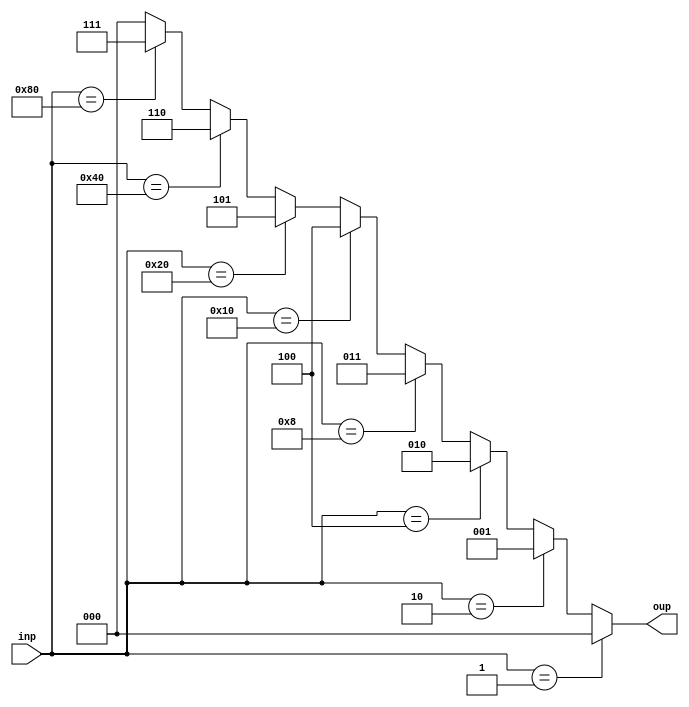
module encoder(inp,oup);
input[7:0] inp; output reg[2:0] oup;
always @(*) begin
	if(inp == 8'b00000001)
		oup = 3'd0;
	else if(inp == 8'b00000010)
		oup = 3'd1;
	else if(inp == 8'b00000100)
		oup = 3'd2;
	else if(inp == 8'b00001000)
		oup = 3'd3;
	else if(inp == 8'b00010000)
		oup = 3'd4;
	else if(inp == 8'b00100000)
		oup = 3'd5;
	else if(inp == 8'b01000000)
		oup = 3'd6;
	else if(inp == 8'b10000000)
		oup = 3'd7;
	else
		oup = 3'd0;
end
endmodule

module adder(in1,in2,cin,s,cout);
input in1; input in2; input cin; output s; output cout;
assign s = in1 ^ (in2 ^ cin);
assign cout = (in1&cin) | (in2&cin) | (in1&in2); 
endmodule

module bt4_flip(in,out);
input[3:0] in; output[3:0] out;
assign out[0] = ~in[0];
assign out[1] = ~in[1];
assign out[2] = ~in[2];
assign out[3] = ~in[3];
endmodule

module bt4_sub(in1,in2,s,cout);
input[3:0] in1; input[3:0] in2; output[3:0] s; output cout;
wire[3:0] res;
bt4_flip f(in2,res);
bt4_add ad(in1,res,1'b1,s,cout);
endmodule

module bt4_add(in1,in2,cin,s,cout);
input[3:0] in1; input[3:0] in2; input cin; output[3:0] s; output cout;
wire[2:0] carry;
adder a1(in1[0],in2[0],cin,s[0],carry[0]);
adder a2(in1[1],in2[1],carry[0],s[1],carry[1]);
adder a3(in1[2],in2[2],carry[1],s[2],carry[2]);
adder a4(in1[3],in2[3],carry[2],s[3],cout);
endmodule

module bt4_and(inp1,inp2,out);
input[3:0] inp1; input[3:0] inp2; output[3:0] out;
assign out[0] = inp1[0] & inp2[0];
assign out[1] = inp1[1] & inp2[1];
assign out[2] = inp1[2] & inp2[2];
assign out[3] = inp1[3] & inp2[3];
endmodule

module bt4_nand(inp1,inp2,out);
input[3:0] inp1; input[3:0] inp2; output[3:0] out;
assign out[0] = ~(inp1[0] & inp2[0]);
assign out[1] = ~(inp1[1] & inp2[1]);
assign out[2] = ~(inp1[2] & inp2[2]);
assign out[3] = ~(inp1[3] & inp2[3]);
endmodule

module bt4_or(inp1,inp2,out);
input[3:0] inp1; input[3:0] inp2; output[3:0] out;
assign out[0] = inp1[0] | inp2[0];
assign out[1] = inp1[1] | inp2[1];
assign out[2] = inp1[2] | inp2[2];
assign out[3] = inp1[3] | inp2[3];
endmodule

module bt4_xor(inp1,inp2,out);
input[3:0] inp1; input[3:0] inp2; output[3:0] out;
assign out[0] = inp1[0] ^ inp2[0];
assign out[1] = inp1[1] ^ inp2[1];
assign out[2] = inp1[2] ^ inp2[2];
assign out[3] = inp1[3] ^ inp2[3];
endmodule

module bt4_xnor(inp1,inp2,out);
input[3:0] inp1; input[3:0] inp2; output[3:0] out;
assign out[0] = ~(inp1[0] ^ inp2[0]);
assign out[1] = ~(inp1[1] ^ inp2[1]);
assign out[2] = ~(inp1[2] ^ inp2[2]);
assign out[3] = ~(inp1[3] ^ inp2[3]);
endmodule


module bt4_nor(inp1,inp2,out);
input[3:0] inp1; input[3:0] inp2; output[3:0] out;
assign out[0] = ~(inp1[0] | inp2[0]);
assign out[1] = ~(inp1[1] | inp2[1]);
assign out[2] = ~(inp1[2] | inp2[2]);
assign out[3] = ~(inp1[3] | inp2[3]);
endmodule 

module bt5_parity_generator(inp,parity);
input[4:0] inp; output parity;
assign parity = ^(inp);
endmodule

// module tb;
// reg[3:0] inp; wire parity;
// bt4_parity_generator pg(inp,parity);
// initial begin
	// $monitor($time," The parity for the input is %b",parity);
	// #20 inp = 4'b0000;
	// #20 inp = 4'b0001;
	// #20 inp = 4'b0011;
	// #20 inp = 4'b0111;
	// #20 inp = 4'b1111;
	// #20 inp = 4'b1010;
	// #20 inp = 4'b1110;
	// #200 $finish;
// end
// endmodule

module first_pipeline_reg(clk,in,out,clear_neg);
input clk; input[10:0] in; input clear_neg; output reg[10:0] out;
always @(posedge clk or negedge clear_neg) begin
	if(clear_neg == 1'b0)
		out <= 10'b0;
	else
		out <= in;
end
endmodule

module sec_pipeline_reg(clk,in,out,clear_neg);
input clk; input[4:0] in; input clear_neg; output reg[4:0] out;
always @(posedge clk or negedge clear_neg) begin
	if(clear_neg == 1'b0)
		out <= 5'b0;
	else
		out <= in;
end
endmodule

module alu(inp1,inp2,control,res,c);
input[3:0] inp1; input[3:0] inp2; input[2:0] control; output reg[3:0] res; output reg c;
wire[3:0] add; wire addCarry; wire[3:0] sub; wire subCarry;
wire[3:0] and_w; wire[3:0] or_w; wire[3:0] nand_w; wire[3:0] xor_w; wire[3:0] xnor_w; wire[3:0] nor_w;
bt4_add ad(inp1,inp2,1'b0,add,addCarry);
bt4_sub sb(inp1,inp2,sub,subCarry);
bt4_and ander(inp1,inp2,and_w); bt4_or orer(inp1,inp2,or_w); bt4_nand nander(inp1,inp2,nand_w); bt4_xor xorer(inp1,inp2,xor_w); bt4_xnor xnorer(inp1,inp2,xnor_w);
bt4_nor norer(inp1,inp2,nor_w);
always @(*) begin
	if(control == 'd0) begin
		res = add;
		c = addCarry;
	end
	else if(control == 'd1) begin
		res = sub;
		c = subCarry;
	end
	else if(control == 'd2) begin
		res = xor_w;
		c = 1'b0;
	end
	else if(control == 'd3) begin
		res = or_w;
		c = 1'b0;
	end
	else if(control == 'd4) begin
		res = and_w;
		c = 1'b0;
	end
	else if(control == 'd5) begin
		res = nor_w;
		c = 1'b0;
	end
	else if(control == 'd6) begin
		res = nand_w;
		c = 1'b0;
	end
	else if(control == 'd7) begin
		res = xnor_w;
		c = 1'b0;
	end
end
//assign res = (control==3'd0) ? (inp1+inp2) : (control==3'd1) ? ()
endmodule

module pipe_line(clk,in,A,B,clear_pipeline,parity);
input clk; input clear_pipeline;
input[3:0] A; input[3:0] B;
input[7:0] in; wire[2:0] encoded;
wire[10:0] from_first;
wire[10:0] first_pipeline_input;
wire[4:0] sec_pipeline_input;
wire[3:0] aluRes; wire carry;
wire[4:0] from_second;
output parity;
encoder enc(in,encoded);

assign first_pipeline_input[10:8] = encoded; assign first_pipeline_input[7:4] = A; assign first_pipeline_input[3:0] = B;
first_pipeline_reg fpr(clk,first_pipeline_input,from_first,clear_pipeline);
alu ALU(from_first[7:4],from_first[3:0],from_first[10:8],aluRes,carry);
assign sec_pipeline_input[3:0] = aluRes; assign sec_pipeline_input[4] = carry;
sec_pipeline_reg spr(clk,sec_pipeline_input,from_second,clear_pipeline);
bt5_parity_generator pg(from_second,parity);
endmodule

module tb;
reg clk; reg[7:0] in; reg[3:0] A,B; reg clear_pipeline; wire parity;
pipe_line pl(clk,in,A,B,clear_pipeline,parity);

always
#10 clk = ~clk;

initial begin
	$monitor($time," The values of the encoded, pipeline registers and parity are %d %d %d %d %d %b" ,pl.encoded,pl.fpr.out[10:8],pl.fpr.out[7:4],pl.fpr.out[3:0],pl.spr.out,parity);
	#0 clk = 1'b0; 
	#20 in = 8'b00000000; A = 4'b0001; B = 4'b0100;
	#20 A = 4'd10; B = 4'd11;
	#20 A = 4'd9; B = 4'd7;
	#20 in = 8'b00010000; A = 4'hF; B = 4'hA;
	#40 $finish;
end
endmodule